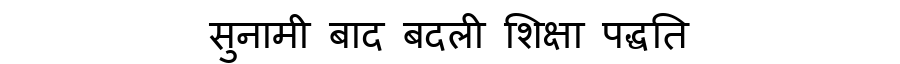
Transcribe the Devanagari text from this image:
सुनामी बाद बदली शिक्षा पद्धति